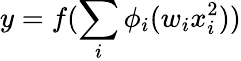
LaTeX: y=f(\sum_{i}\phi_{i}(w_{i}x_{i}^{2}))